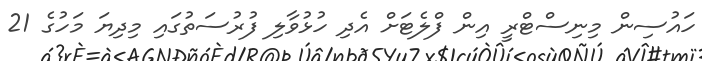
ހައުސިން މިނިސްޓްރީ އިން ފްލެޓަށް އެދި ހުޅުވާލި ފުރުސަތުގައި މިދިޔަ މަހުގެ 21